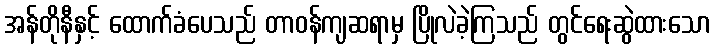
အန်တိုနီနှင့် ထောက်ခံပေသည် တာဝန်ကျဆရာမှ ပြိုလဲခဲ့ကြသည် တွင်ရေးဆွဲထားသော